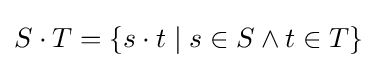
S\cdot T=\{s\cdot t\mid s\in S\land t\in T\}